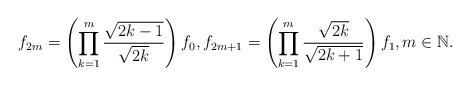
LaTeX: \begin{align*}f_{2m} = \left( \prod_{k=1}^m \frac{\sqrt{2k-1}}{\sqrt{2k}} \right) f_0, f_{2m+1} = \left( \prod_{k=1}^m \frac{\sqrt{2k}}{\sqrt{2k+1}} \right) f_1, m \in \mathbb{N}.\end{align*}